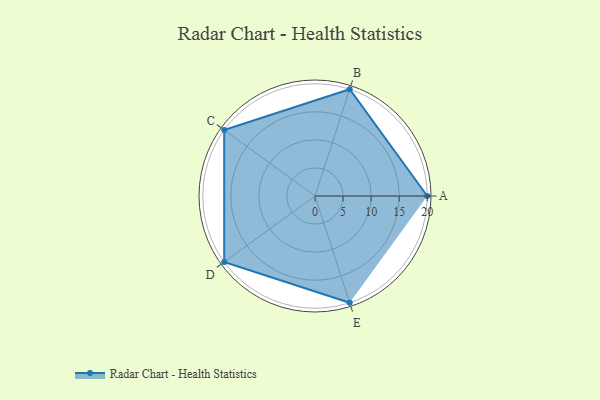
{"axis": {"x": "Skill", "y": "Score"}, "legend": ["Profile"], "data": [{"x": "A", "y": 20, "type": "Profile"}, {"x": "B", "y": 20, "type": "Profile"}, {"x": "C", "y": 20, "type": "Profile"}, {"x": "D", "y": 20, "type": "Profile"}, {"x": "E", "y": 20, "type": "Profile"}]}